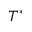
T ^ { * }